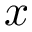
x